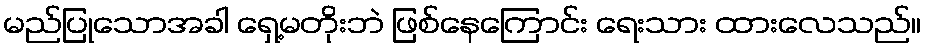
မည်ပြုသောအခါ ရှေ့မတိုးဘဲ ဖြစ်နေကြောင်း ရေးသား ထားလေသည်။